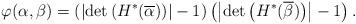
LaTeX: \begin{align*}\varphi(\alpha, \beta)=\left( \left|\operatorname{det}\left(H^{*}(\overline{\alpha})\right)\right|-1\right) \left( \left|\operatorname{det}\left(H^{*}(\overline{\beta})\right)\right|-1\right) .\end{align*}